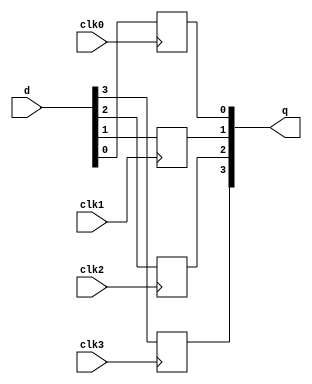
// This program was cloned from: https://github.com/chipsalliance/yosys-f4pga-plugins
// License: Apache License 2.0

// Copyright 2020-2022 F4PGA Authors
//
// Licensed under the Apache License, Version 2.0 (the "License");
// you may not use this file except in compliance with the License.
// You may obtain a copy of the License at
//
//     http://www.apache.org/licenses/LICENSE-2.0
//
// Unless required by applicable law or agreed to in writing, software
// distributed under the License is distributed on an "AS IS" BASIS,
// WITHOUT WARRANTIES OR CONDITIONS OF ANY KIND, either express or implied.
// See the License for the specific language governing permissions and
// limitations under the License.
//
// SPDX-License-Identifier: Apache-2.0

module top (
    input wire clk0,
    input wire clk1,
    (* clkbuf_inhibit *)
    input wire clk2,
    (* clkbuf_inhibit *)
    input wire clk3,

    input  wire [3:0] d,
    output reg  [3:0] q
);

  always @(posedge clk0) q[0] <= d[0];
  always @(posedge clk1) q[1] <= d[1];
  always @(posedge clk2) q[2] <= d[2];
  always @(posedge clk3) q[3] <= d[3];

endmodule